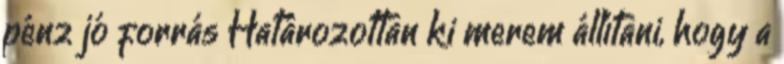
pénz jó forrás Határozottan ki merem állítani, hogy a